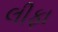
લીફા